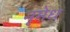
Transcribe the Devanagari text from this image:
नृमेध